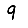
Digit: 9